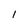
Character: 1